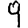
Digit: 9